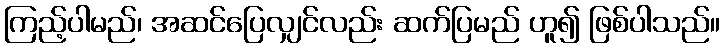
ကြည့်ပါမည်၊ အဆင်ပြေလျှင်လည်း ဆက်ပြမည် ဟူ၍ ဖြစ်ပါသည်။